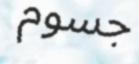
جسوم